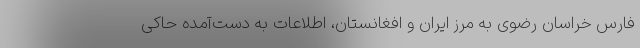
فارس خراسان رضوی به مرز ایران و افغانستان، اطلاعات به ‌دست‌آمده حاکی